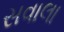
સવાલા